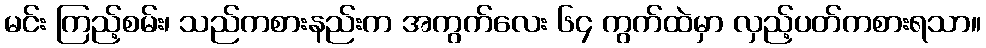
မင်း ကြည့်စမ်း၊ သည်ကစားနည်းက အကွက်လေး ၆၄ ကွက်ထဲမှာ လှည့်ပတ်ကစားရသာ။